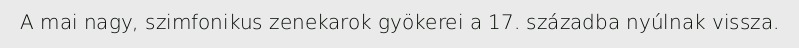
A mai nagy, szimfonikus zenekarok gyökerei a 17. századba nyúlnak vissza.